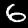
Digit: 6